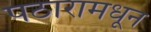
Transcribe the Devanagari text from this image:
पठारामधून